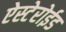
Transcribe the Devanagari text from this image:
ऐस्टेरोईड